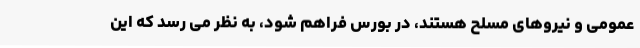
عمومی و نیروهای مسلح هستند، در بورس فراهم شود، به نظر می رسد که این